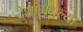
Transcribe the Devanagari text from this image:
देशांमधल्या